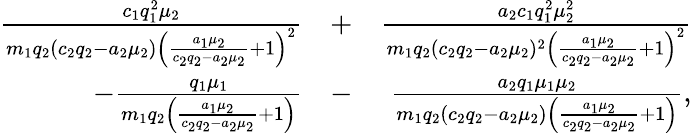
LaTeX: \begin{array}{rlr}{\frac{c_{1}q_{1}^{2}\mu_{2}}{m_{1}q_{2}(c_{2}q_{2}-a_{2}\mu_{2})\left(\frac{a_{1}\mu_{2}}{c_{2}q_{2}-a_{2}\mu_{2}}+1\right)^{2}}}&{+}&{\frac{a_{2}c_{1}q_{1}^{2}\mu_{2}^{2}}{m_{1}q_{2}(c_{2}q_{2}-a_{2}\mu_{2})^{2}\left(\frac{a_{1}\mu_{2}}{c_{2}q_{2}-a_{2}\mu_{2}}+1\right)^{2}}}\\ {-\frac{q_{1}\mu_{1}}{m_{1}q_{2}\left(\frac{a_{1}\mu_{2}}{c_{2}q_{2}-a_{2}\mu_{2}}+1\right)}}&{-}&{\frac{a_{2}q_{1}\mu_{1}\mu_{2}}{m_{1}q_{2}(c_{2}q_{2}-a_{2}\mu_{2})\left(\frac{a_{1}\mu_{2}}{c_{2}q_{2}-a_{2}\mu_{2}}+1\right)},}\end{array}